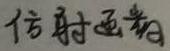
仿射函数